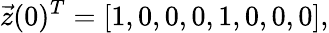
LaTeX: \vec{z}(0)^{T}=\left[1,0,0,0,1,0,0,0\right],